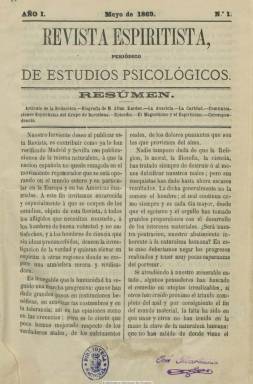
Título: Revista espiritista
Colección: Espiritismo
Ámbito geográfico: Barcelona
Lugar de publicación: Barcelona
Fechas: 01/05/1869-31/12/1875

Subtitulada “periódico de estudios psicológicos”, es fundada y dirigida por José María Fernández Colavida (1819-1888), apareciendo, en Barcelona, en mayo de 1869, con periodicidad mensual, siendo el tercer periódico espiritista por orden cronológico que aparece en España, tras El criterio espiritista, de Madrid, y El espiritismo, de Sevilla. Será órgano de la Sociedad Barcelonesa Propagadora del Espiritismo, fundada también por Fernández Colavida, traductor del fundador de esta doctrina filosófica, el pedagogo francés Allan Kardec (1804-1869).

En entregas de dieciséis páginas, que después amplió hasta las veinticuatro, contiene una sección doctrinal, con artículos divulgativos, comunicaciones espiritistas y episodios de médium, disertaciones, discursos, así como secciones de espiritismo teórico-experimental y de miscelánea. También inserta como folletín El espiritismo en la Biblia.

El último número de cada año incluye, al final, un índice de materias. Con este título, su último número es el de diciembre de 1875. Sigue publicándose bajo la cabecera Revista de estudios psicológicos. Véase también este título en esta Hemeroteca Digital.